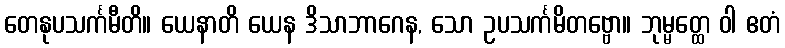
တေနုပသင်္ကမီတိ။ ယေနာတိ ယေန ဒိသာဘာဂေန, သော ဥပသင်္ကမိတဗ္ဗော။ ဘုမ္မတ္ထေ ဝါ ဧတံ